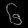
Digit: ၆